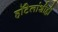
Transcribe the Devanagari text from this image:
हॉटेलांशीही